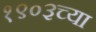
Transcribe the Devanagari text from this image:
१९०३च्या